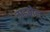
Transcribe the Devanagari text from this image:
चाइबोल